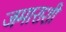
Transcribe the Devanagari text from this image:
जमाराशी